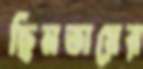
ছিনতায়ের